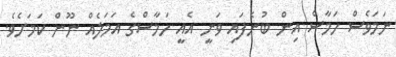
ނަމަވެސް ހަމާސް އިން ބުނެފައި ވަނީ އެއީ ހަމާސްގެ އަމަލެއް ނޫން ކަމަށެވެ.